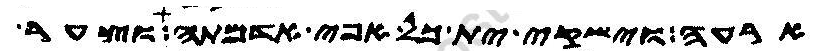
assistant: ארעה וישקי ית כל אפי אדמתה וצער